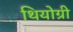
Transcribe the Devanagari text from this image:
थियोग्री